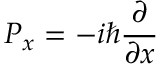
P _ { x } = - i \hbar \frac { \partial } { \partial x }